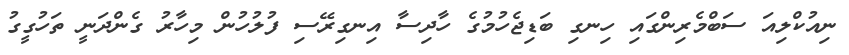
ނިއުކްލިއަ ސަބްމެރިންގައި ހިނގި ބަޑިޖެހުމުގެ ހާދިސާ އިނގިރޭސި ފުލުހުން މިހާރު ގެންދަނީ ތަހުގީގު